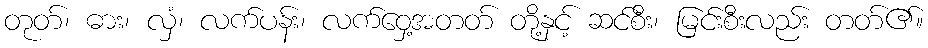
တုတ်၊ ဓား၊ လှံ၊ လက်ပန်း၊ လက်ဝှေ့အတတ် တို့နှင့် ဆင်စီး၊ မြင်းစီးလည်း တတ်၏။